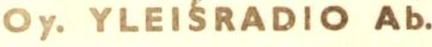
Oy. YLEISRADIO Ab.